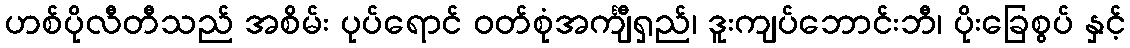
ဟစ်ပိုလီတီသည် အစိမ်း ပုပ်ရောင် ဝတ်စုံအင်္ကျီရှည်၊ ဒူးကျပ်ဘောင်းဘီ၊ ပိုးခြေစွပ် နှင့်